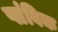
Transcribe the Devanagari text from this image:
प्लंबिक